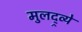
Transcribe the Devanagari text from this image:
मुलद्र्व्ये